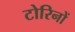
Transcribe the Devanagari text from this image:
टोरिनों